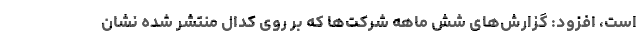
است، افزود: گزارش‌های شش ماهه شرکت‌ها که بر روی کدال منتشر شده نشان